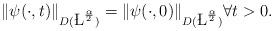
LaTeX: \begin{align*}\Vert \psi(\cdot, t)\Vert_{D(\L^{\frac{\alpha}{2}})}=\Vert \psi(\cdot, 0)\Vert_{D(\L^{\frac{\alpha}{2}})}\forall t>0.\end{align*}